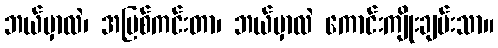
ဘယ်မှာလဲ၊ အပြစ်ကင်းတာ၊ ဘယ်မှာလဲ ကောင်းကျိုးချမ်းသာ။